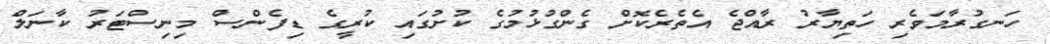
ހަނގުރާމަވެރި ހަތިޔާރު ރާއްޖެ އެތެރެކޮށް ގެންގުޅުމުގެ ކުށުގައި ކުރީގެ ޑިފެންސް މިނިސްޓަރު ކާނަލް